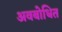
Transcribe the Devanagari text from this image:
अवबोधित